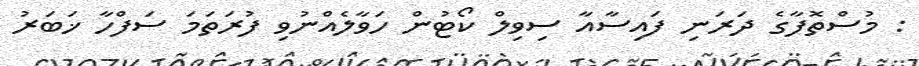
: މުސްތޮފާގެ ދަރަނި ފައިސާއާ ސިވިލް ކޯޓުން ހަވާލެއްނުވި ފުރަތަމަ ސަފްހާ ޚަބަރު